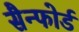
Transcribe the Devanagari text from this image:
सैन्फोर्ड